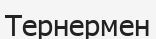
Тернермен